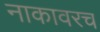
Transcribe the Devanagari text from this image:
नाकावरच